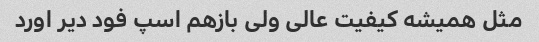
مثل همیشه کیفیت عالی ولی بازهم اسپ فود دیر اورد